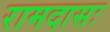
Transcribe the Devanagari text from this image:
रामदासः